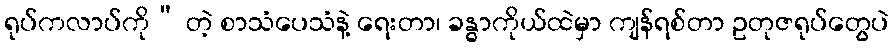
ရုပ်ကလာပ်ကို” တဲ့ စာသံပေသံနဲ့ ရေးတာ၊ ခန္ဓာကိုယ်ထဲမှာ ကျန်ရစ်တာ ဥတုဇရုပ်တွေပဲ